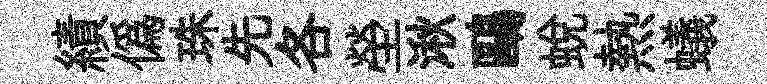
績僞珠先各塋湫鷗蜕熱蟻